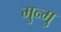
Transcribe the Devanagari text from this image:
मुन्मु